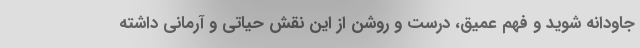
جاودانه شوید و فهم عمیق، درست و روشن از این نقش حیاتی و آرمانی داشته